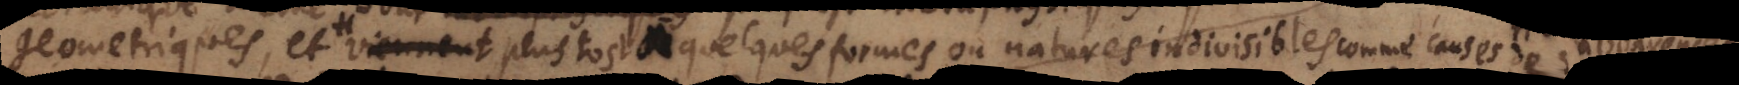
appartiennent plustost à quelques formes ou natures indivisibles comme causes